Insane asylums in Bengal annual reports 1867-1875 - 1867-1875
Year: 1867
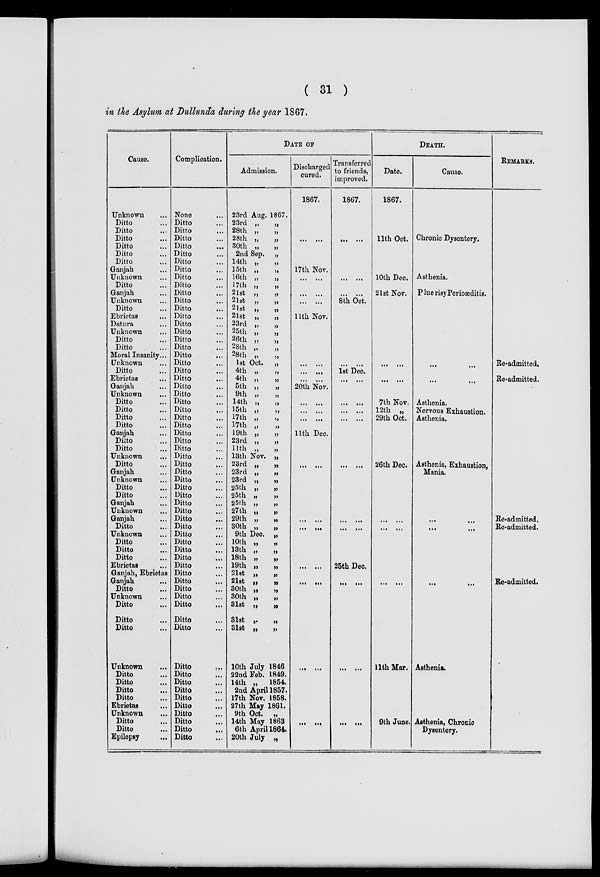
( 31 )
in the Asylum at Dullunda during the year 1867.
Cause.
Unknown ...
Ditto ...
Ditto ...
Ditto ...
Ditto ...
Ditto ...
Ditto ...
Ganjah ...
Unknown ...
Ditto ...
Ganjah ...
Unknown ...
Ditto ...
Ebrietas
...
Datura ...
Unknown ...
Ditto ...
Ditto ...
Moral Insanity...
Unknown ...
Ditto ...
Ebrietas ...
Ganjah ...
Unknown ...
Ditto ...
Ditto ...
Ditto ...
Ditto ...
Ganjah ...
Ditto ...
Ditto ...
Unknown ...
Ditto ...
Ganjah ...
Unknown ...
Ditto ...
Ditto ...
Ganjah ...
Unknown ...
Ganjah ...
Ditto ...
Unknown ...
Ditto ...
Ditto ...
Ditto ...
Ebrietas ...
Ganjah, Ebrietas
Ganjah ...
Ditto ...
Unknown ...
Ditto ...
Ditto ...
Ditto ...
Unknown ...
Ditto ...
Ditto ...
Ditto ...
Ditto ...
Ebrietas ...
Unknown ...
Ditto ...
Ditto ...
Epilepsy ...
Complication.
None ...
Ditto ...
Ditto ...
Ditto ...
Ditto
...
Ditto ...
Ditto ...
Ditto ...
Ditto ...
Ditto ...
Ditto ...
Ditto ...
Ditto ...
Ditto ...
Ditto ...
Ditto ...
Ditto ...
Ditto ...
Ditto ...
Ditto ...
Ditto ...
Ditto ...
Ditto ...
Ditto ...
Ditto ...
Ditto ...
Ditto ...
Ditto ...
Ditto ...
Ditto ...
Ditto ...
Ditto ...
Ditto ...
Ditto ...
Ditto ...
Ditto ...
Ditto ...
Ditto ...
Ditto ...
Ditto ...
Ditto ...
Ditto ...
Ditto ...
Ditto ...
Ditto ...
Ditto ...
Ditto ...
Ditto ...
Ditto ...
Ditto ...
Ditto ...
Ditto ...
Ditto ...
Ditto
...
Ditto ...
Ditto ...
Ditto ...
Ditto ...
Ditto ...
Ditto ...
Ditto ...
Ditto
...
Ditto ...
DATE OF
Admission.
23rd Aug. 1867.
23rd „
„
28th „
„
28th „
„
30th „
„
2nd Sep. „
14th „
„
15th „
„
16th „
„
17th „
„
21st „
„
21st „
„
21st „
„
21st „
23rd „
„
25th „
„
26th „
„
28th „
„
28th „
„
1st Oct. „
4th „
„
4th „
„
5th „
„
9th „ „
14th „ „
15th „
„
17th „
„
17th „ „
19th „
„
23rd „
„
11th „
„
13th Nov. „
23rd „
„
23rd „
„
23rd „
„
25th „
„
25th „
„
25th „
„
27th „
„
29th „
„
30th „
„
9th Dec. „
10th „
„
13th „
„
18th „
„
19th „
„
21st „
„
21st „
„
30th „
„
30th „
„
31st „
„
31st „
„
31st „
„
10th July 1846
22nd Feb. 1849.
14th „
1854.
2nd April 1857.
17th Nov. 1858.
27th May 1861.
9th Oct. „
14th May 1863
6th April 1864.
20th July „
Discharged
cured.
1867.
...
...
17th Nov.
... ...
... ...
...
...
11th Nov.
...
...
...
...
20th Nov.
... ...
... ...
... ...
11th Dec.
... ...
... ...
...
...
... ...
...
...
... ...
...
...
Transferred
to friends,
improved.
1867.
... ...
... ...
... ...
8th Oct.
... ...
1st Dec.
... ...
... ...
... ...
... ...
... ...
... ...
... ...
25th Dec.
... ...
... ...
...
...
DEATH.
Date.
1867.
11th Oct.
10th Dec.
21st Nov.
...
...
...
...
7th Nov.
12th „
29th Oct.
26th Dec.
... ...
... ...
...
...
11th Mar.
9th June.
Cause.
Chronic Dysentery.
Asthenia.
Pluerisy Periæditis.
...
...
...
...
Asthenia.
Nervous Exhaustion.
Asthenia.
Asthenia, Exhaustion,
Mania.
...
...
...
...
...
...
Asthenia.
Asthenia, Chronic
Dysentery.
REMARKS.
Re-admitted.
Re-admitted.
Re-admitted.
Re-admitted.
Re-admitted.